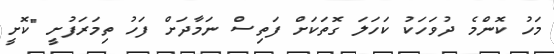
މަހު ކޮންމެ ދުވަހަކު ކަހަލަ ގޮތަކަށް ފަތިސް ނަމާދަށް ފަހު ތިމަރަފުށީ "ކޮށީ